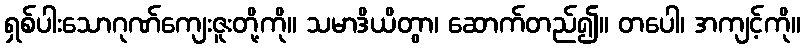
ရှစ်ပါးသောဂုဏ်ကျေးဇူးတို့ကို။ သမာဒိယိတွာ၊ ဆောက်တည်၍။ တပေါ၊ အကျင့်ကို။